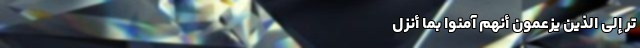
تَرَ إِلَی الَّذِینَ یَزْعُمُونَ أَنَّهُمْ آمَنُوا بِمَا أُنْزِلَ